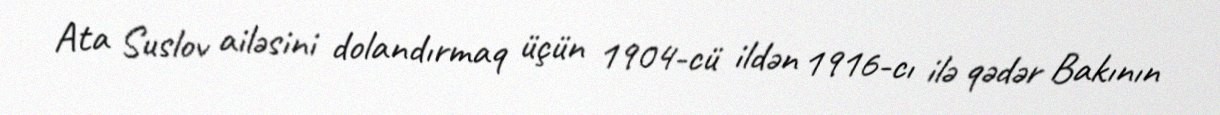
Ata Suslov ailəsini dolandırmaq üçün 1904-cü ildən 1916-cı ilə qədər Bakının